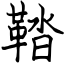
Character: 鞜